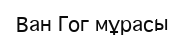
Ван Гог мұрасы